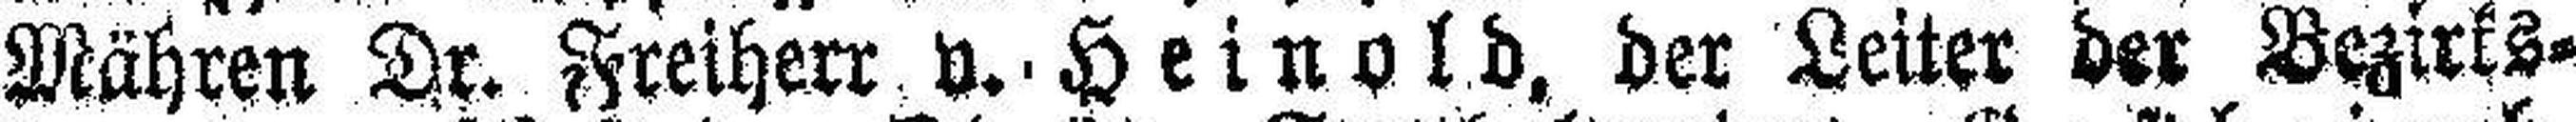
Währen Dr. Freiherr v. Heinold, der Leiter der Bezirks¬